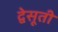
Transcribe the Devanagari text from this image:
द्वेसूती